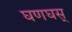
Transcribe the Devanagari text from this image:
घणघस्